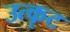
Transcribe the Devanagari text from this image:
उत्कृट